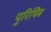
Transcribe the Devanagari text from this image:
पुरिथिब